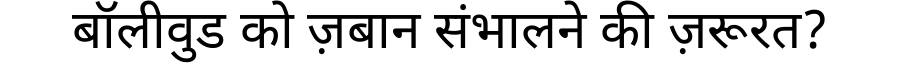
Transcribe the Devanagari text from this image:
बॉलीवुड को ज़बान संभालने की ज़रूरत?